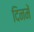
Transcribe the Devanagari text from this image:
दिनमें